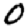
Digit: 0